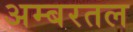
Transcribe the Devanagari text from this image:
अम्बरतल